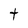
Character: t